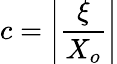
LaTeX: c=\left|\frac{\xi}{X_{o}}\right|